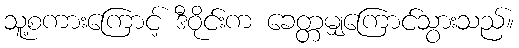
သူ့စကားကြောင့် ဒီဝိုင်းက ခေတ္တမျှကြောင်သွားသည်။